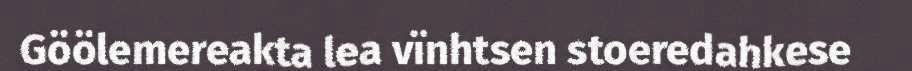
Göölemereakta lea vïnhtsen stoeredahkese